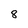
Character: 8